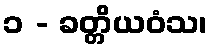
၁ - ခတ္တိယဝံသ၊